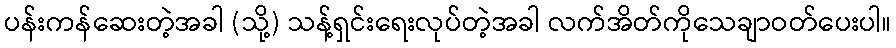
ပန်းကန်ဆေးတဲ့အခါ (သို့) သန့်ရှင်းရေးလုပ်တဲ့အခါ လက်အိတ်ကိုသေချာဝတ်ပေးပါ။